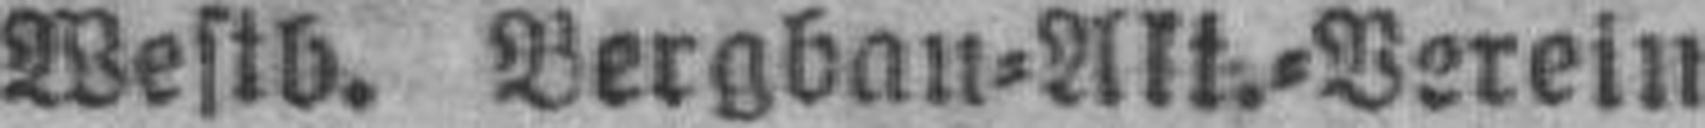
Westb. Bergbau=Alt.=Verein